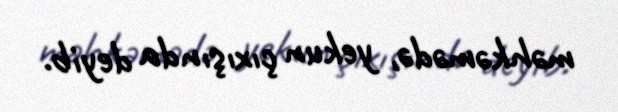
məhkəmədə, yekun çıxışında deyib.